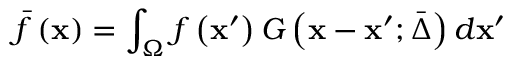
\bar { f } \left( \mathbf { x } \right) = \int _ { \Omega } { f \left( { \mathbf { { x } ^ { \prime } } } \right) G \left( \mathbf { x } - \mathbf { { x } ^ { \prime } } ; \bar { \Delta } \right) d \mathbf { { x } ^ { \prime } } }